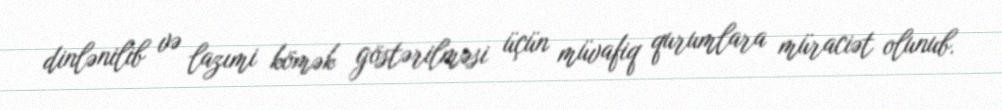
dinlənilib və lazımi kömək göstərilməsi üçün müvafiq qurumlara müraciət olunub.